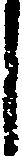
し